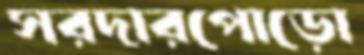
সরদারপোড়ো